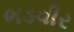
ભડવીર